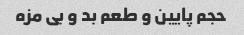
حجم پایین و طعم بد و بی مزه